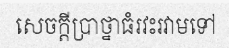
សេចក្តីប្រាថ្នាធំរវះរវាមទៅ